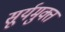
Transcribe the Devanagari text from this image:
सूर्यमुक्त